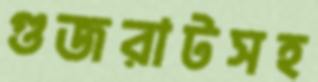
গুজরাটসহ